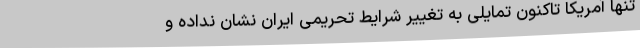
تنها آمریکا تاکنون تمایلی به تغییر شرایط تحریمی ایران نشان نداده و